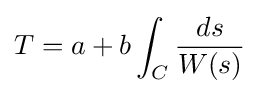
T=a+b\int _{C}{\frac {ds}{W(s)}}